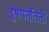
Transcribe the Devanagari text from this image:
दुषयनतिती